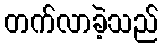
တက်လာခဲ့သည်